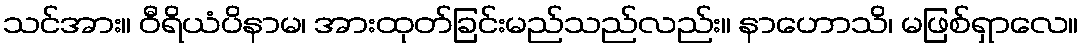
သင်အား။ ဝီရိယံပိနာမ၊ အားထုတ်ခြင်းမည်သည်လည်း။ နာဟောသိ၊ မဖြစ်ရှာလေ။